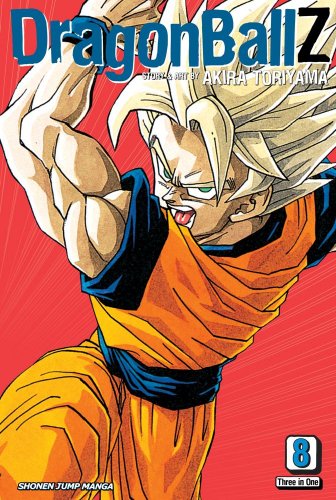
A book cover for Dragon Ball Z, Vol. 8 (VIZBIG Edition); Akira Toriyama; Children's Books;